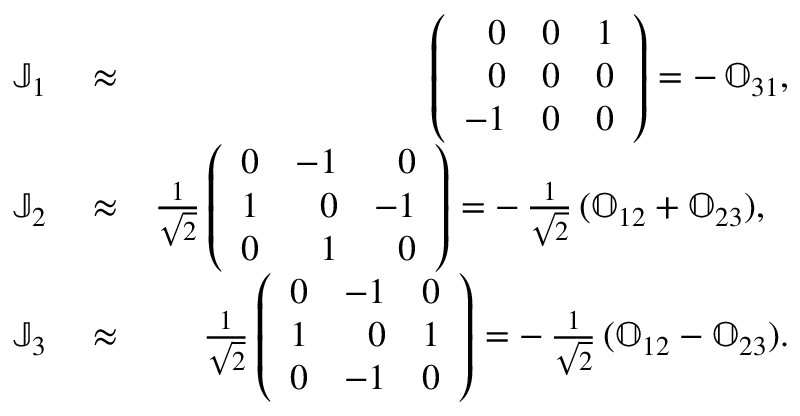
\begin{array} { r l r } { \mathbb J _ { 1 } } & { { } \approx } & { \left( \begin{array} { r r r } { 0 } & { 0 } & { 1 } \\ { 0 } & { 0 } & { 0 } \\ { - 1 } & { 0 } & { 0 } \end{array} \right) = - \, \mathbb O _ { 3 1 } , } \\ { \mathbb J _ { 2 } } & { { } \approx } & { \frac { 1 } { \sqrt { 2 } } \left( \begin{array} { r r r } { 0 } & { - 1 } & { 0 } \\ { 1 } & { 0 } & { - 1 } \\ { 0 } & { 1 } & { 0 } \end{array} \right) = - \, \frac { 1 } { \sqrt { 2 } } \, ( \mathbb O _ { 1 2 } + \mathbb O _ { 2 3 } ) , ~ ~ } \\ { \mathbb J _ { 3 } } & { { } \approx } & { \frac { 1 } { \sqrt { 2 } } \left( \begin{array} { r r r } { 0 } & { - 1 } & { 0 } \\ { 1 } & { 0 } & { 1 } \\ { 0 } & { - 1 } & { 0 } \end{array} \right) = - \, \frac { 1 } { \sqrt { 2 } } \, ( \mathbb O _ { 1 2 } - \mathbb O _ { 2 3 } ) . } \end{array}